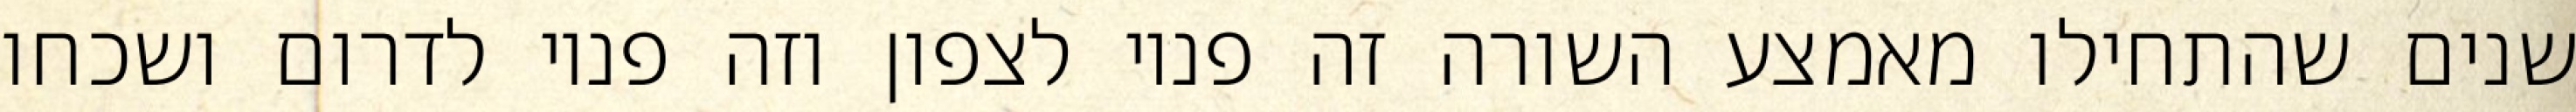
שנים שהתחילו מאמצע השורה זה פניו לצפון וזה פניו לדרום ושכחו